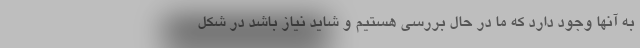
به آنها وجود دارد که ما در حال بررسی هستیم و شاید نیاز باشد در شکل